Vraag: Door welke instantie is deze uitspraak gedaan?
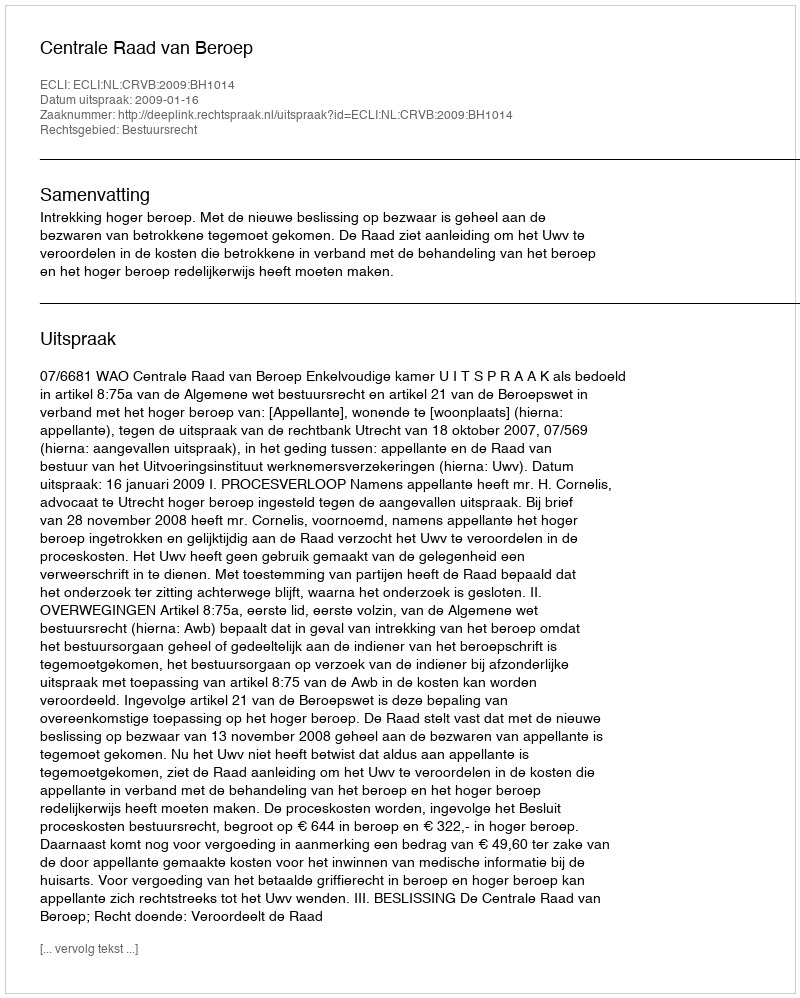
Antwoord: Centrale Raad van Beroep